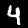
Digit: 4